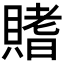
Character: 𫎟